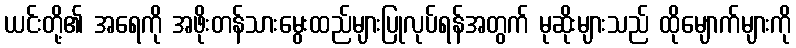
ယင်းတို့၏ အရေကို အဖိုးတန်သားမွေးထည်များပြုလုပ်ရန်အတွက် မုဆိုးများသည် ထိုမျောက်များကို